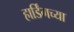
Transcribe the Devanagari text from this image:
हार्डिंगच्या